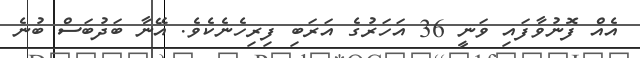
އެއް ފޮނުވާފައި ވަނީ 36 އަހަރުގެ އަރަބި ފިރިހެނެކެވެ. އޭނާ ބަދުބަސް ބުނެ